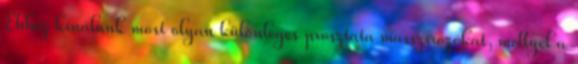
Ehhez kínálunk most olyan különleges prosztata masszírozókat, mellyel a